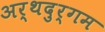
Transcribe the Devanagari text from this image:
अर्थदुर्गम